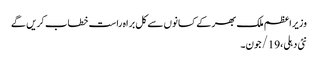
وزیراعظم ملک بھر کے کسانوں سے کل براہ راست خطاب کریں گے
نئی دہلی،19/جون۔